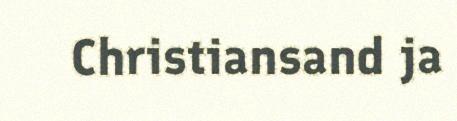
Christiansand ja